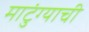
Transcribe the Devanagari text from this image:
माटुंग्याची